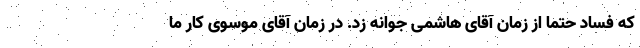
که فساد حتما از زمان آقای هاشمی جوانه زد. در زمان آقای موسوی کار ما